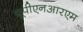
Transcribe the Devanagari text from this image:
यूपीएनआरएम